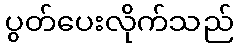
ပွတ်ပေးလိုက်သည်